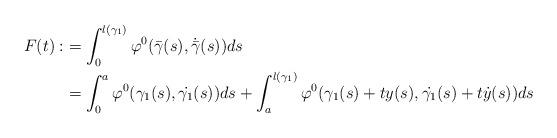
LaTeX: \begin{align*}F(t):&=\int_{0}^{l(\gamma_{1})}\varphi^0(\bar{\gamma}(s),\dot{\bar{\gamma}}(s))ds\\&=\int_{0}^{a}\varphi^0(\gamma_1(s),\dot{\gamma_1}(s))ds+\int_{a}^{l(\gamma_1)}\varphi^0(\gamma_1(s)+ty(s),\dot{\gamma_1}(s)+t\dot{y}(s))ds\end{align*}